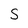
Character: S